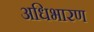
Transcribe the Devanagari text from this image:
अधिभारण